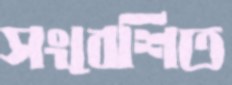
সংবেশিত